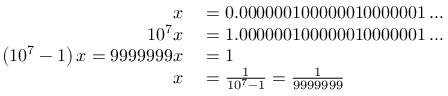
\begin{array} { r l } { x } & { { } = 0 . 0 0 0 0 0 0 1 0 0 0 0 0 0 1 0 0 0 0 0 0 1 \ldots } \\ { 1 0 ^ { 7 } x } & { { } = 1 . 0 0 0 0 0 0 1 0 0 0 0 0 0 1 0 0 0 0 0 0 1 \ldots } \\ { \left( 1 0 ^ { 7 } - 1 \right) x = 9 9 9 9 9 9 9 x } & { { } = 1 } \\ { x } & { { } = { \frac { 1 } { 1 0 ^ { 7 } - 1 } } = { \frac { 1 } { 9 9 9 9 9 9 9 } } } \end{array}